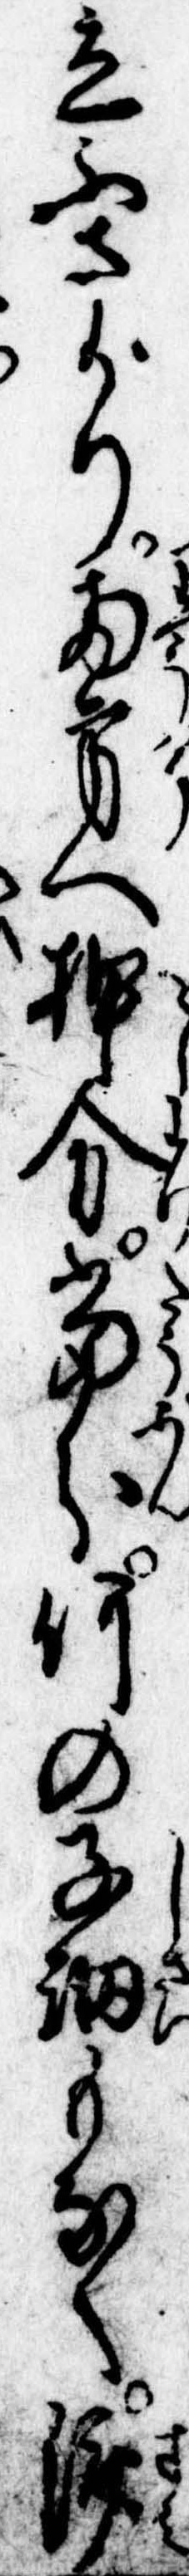
立ふさがり両方へ押分当分何の子細もなく済